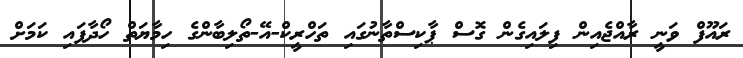
ރައޫފް ވަނީ ރާއްޖެއިން ފިލައިގެން ގޮސް ޕާކިސްތާނުގައި ތަހްރީކް-އޭ-ތޯލިބާންގެ ހިމާޔަތް ހޯދާފައި ކަމަށް